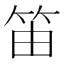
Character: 笛